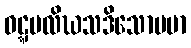
ဝဋ္ဋပလိဃသဒိသောပမာ